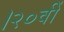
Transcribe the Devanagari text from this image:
।२०वीं